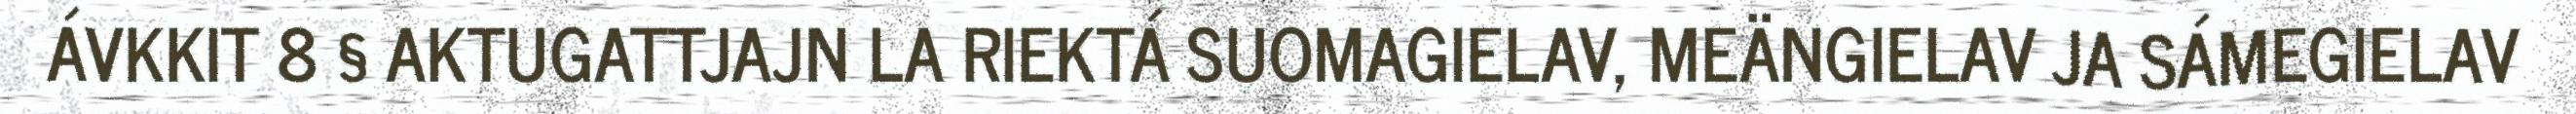
ÁVKKIT 8 § AKTUGATTJAJN LA RIEKTÁ SUOMAGIELAV, MEÄNGIELAV JA SÁMEGIELAV